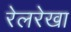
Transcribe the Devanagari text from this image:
रेलरेखा